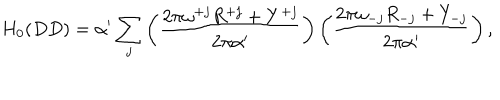
H _ { 0 } ( D D ) = \alpha ^ { \prime } \sum _ { j } \left( \frac { 2 \pi \omega ^ { + j } R ^ { + j } + Y ^ { + j } } { 2 \pi \alpha ^ { \prime } } \right) \left( \frac { 2 \pi \omega _ { - j } R _ { - j } + Y _ { - j } } { 2 \pi \alpha ^ { \prime } } \right) ,